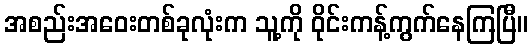
အစည်းအဝေးတစ်ခုလုံးက သူ့ကို ဝိုင်းကန့်ကွက်နေကြပြီ။